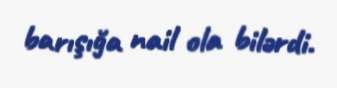
barışığa nail ola bilərdi.